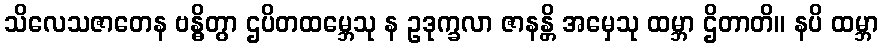
သိလေသဇာတေန ဗန္ဓိတွာ ဌပိတထမ္ဘေသု န ဥဒုက္ခလာ ဇာနန္တိ အမှေသု ထမ္ဘာ ဌိတာတိ။ နပိ ထမ္ဘာ